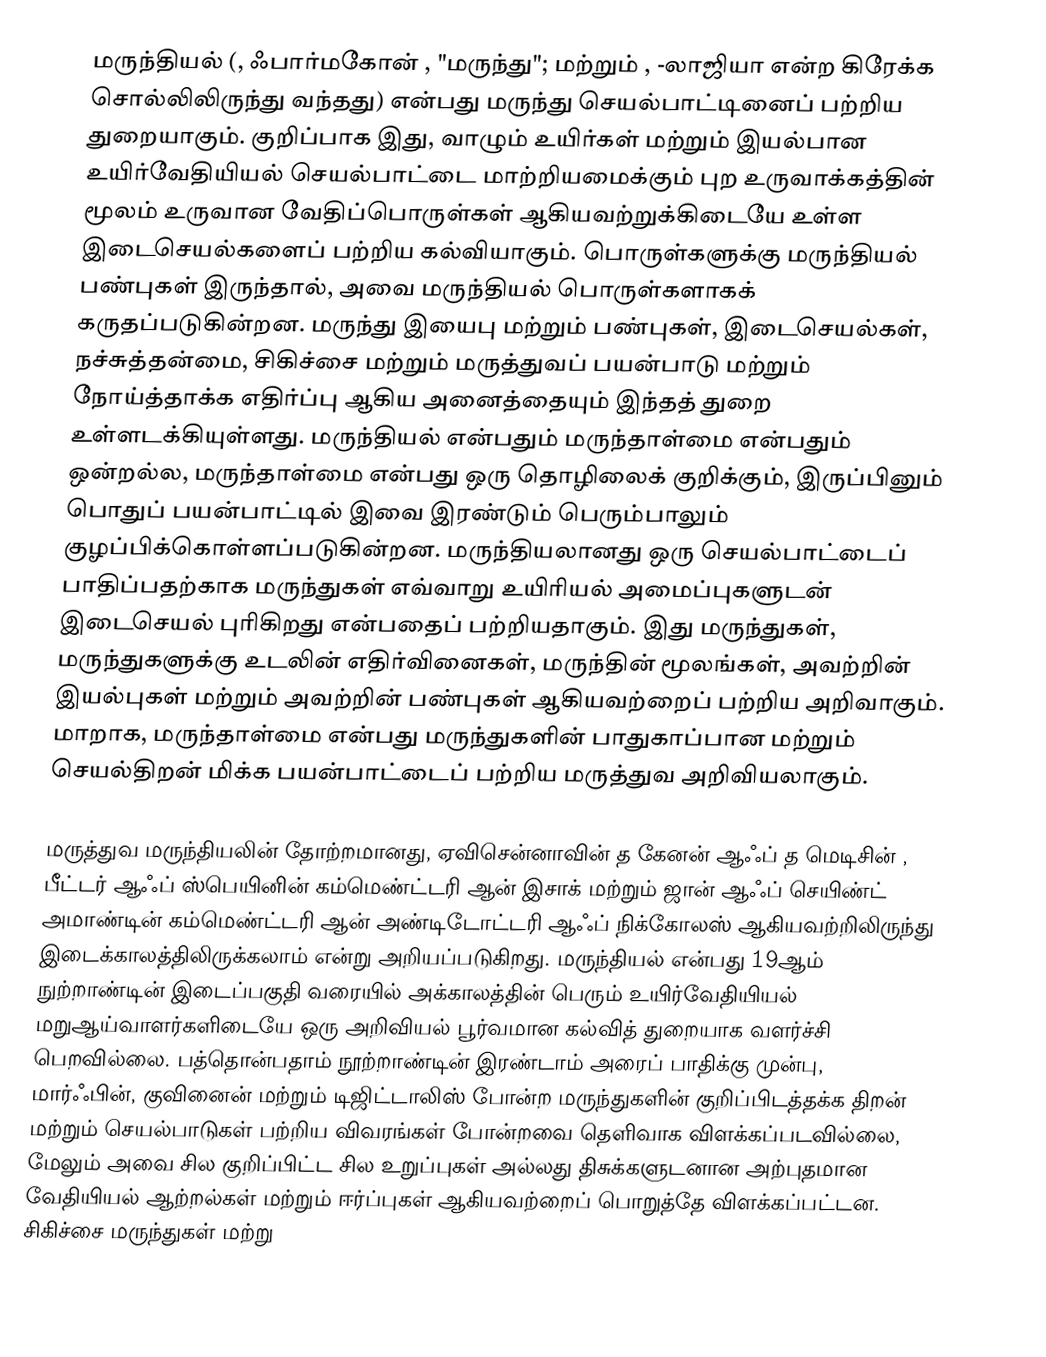
மருந்தியல்  (, ஃபார்மகோன் , "மருந்து"; மற்றும் , -லாஜியா  என்ற கிரேக்க சொல்லிலிருந்து வந்தது) என்பது மருந்து செயல்பாட்டினைப் பற்றிய துறையாகும். குறிப்பாக இது, வாழும் உயிர்கள் மற்றும் இயல்பான உயிர்வேதியியல் செயல்பாட்டை மாற்றியமைக்கும் புற உருவாக்கத்தின் மூலம் உருவான வேதிப்பொருள்கள் ஆகியவற்றுக்கிடையே உள்ள இடைசெயல்களைப் பற்றிய கல்வியாகும். பொருள்களுக்கு மருந்தியல் பண்புகள் இருந்தால், அவை மருந்தியல் பொருள்களாகக் கருதப்படுகின்றன. மருந்து இயைபு மற்றும் பண்புகள், இடைசெயல்கள், நச்சுத்தன்மை, சிகிச்சை மற்றும் மருத்துவப் பயன்பாடு மற்றும் நோய்த்தாக்க எதிர்ப்பு ஆகிய அனைத்தையும் இந்தத் துறை உள்ளடக்கியுள்ளது. மருந்தியல் என்பதும் மருந்தாள்மை என்பதும் ஒன்றல்ல, மருந்தாள்மை என்பது ஒரு தொழிலைக் குறிக்கும், இருப்பினும் பொதுப் பயன்பாட்டில் இவை இரண்டும் பெரும்பாலும் குழப்பிக்கொள்ளப்படுகின்றன. மருந்தியலானது ஒரு செயல்பாட்டைப் பாதிப்பதற்காக மருந்துகள் எவ்வாறு உயிரியல் அமைப்புகளுடன் இடைசெயல் புரிகிறது என்பதைப் பற்றியதாகும். இது மருந்துகள், மருந்துகளுக்கு உடலின் எதிர்வினைகள், மருந்தின் மூலங்கள், அவற்றின் இயல்புகள் மற்றும் அவற்றின் பண்புகள் ஆகியவற்றைப் பற்றிய அறிவாகும். மாறாக, மருந்தாள்மை என்பது மருந்துகளின் பாதுகாப்பான மற்றும் செயல்திறன் மிக்க பயன்பாட்டைப் பற்றிய மருத்துவ அறிவியலாகும்.

மருத்துவ மருந்தியலின் தோற்றமானது, ஏவிசென்னாவின் த கேனன் ஆஃப் த மெடிசின் , பீட்டர் ஆஃப் ஸ்பெயினின் கம்மெண்ட்டரி ஆன் இசாக்  மற்றும் ஜான் ஆஃப் செயிண்ட் அமாண்டின் கம்மெண்ட்டரி ஆன் அண்டிடோட்டரி ஆஃப் நிக்கோலஸ்  ஆகியவற்றிலிருந்து இடைக்காலத்திலிருக்கலாம் என்று அறியப்படுகிறது. மருந்தியல் என்பது 19ஆம் நுற்றாண்டின் இடைப்பகுதி வரையில் அக்காலத்தின் பெரும் உயிர்வேதியியல் மறுஆய்வாளர்களிடையே ஒரு அறிவியல் பூர்வமான கல்வித் துறையாக வளர்ச்சி பெறவில்லை. பத்தொன்பதாம் நூற்றாண்டின் இரண்டாம் அரைப் பாதிக்கு முன்பு, மார்ஃபின், குவினைன் மற்றும் டிஜிட்டாலிஸ் போன்ற மருந்துகளின் குறிப்பிடத்தக்க திறன் மற்றும் செயல்பாடுகள் பற்றிய விவரங்கள் போன்றவை தெளிவாக விளக்கப்படவில்லை, மேலும் அவை சில குறிப்பிட்ட சில உறுப்புகள் அல்லது திசுக்களுடனான அற்புதமான வேதியியல் ஆற்றல்கள் மற்றும் ஈர்ப்புகள் ஆகியவற்றைப் பொறுத்தே விளக்கப்பட்டன. சிகிச்சை மருந்துகள் மற்று